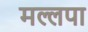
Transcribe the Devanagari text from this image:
मल्लपा